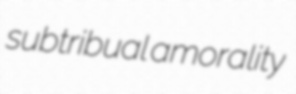
subtribual amorality